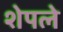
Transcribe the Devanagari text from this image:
शेपले